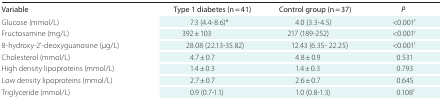
| Variable | Type 1 diabetes (n = 41) | Control group (n = 37) | P |
 | --- | --- | --- | --- |
 | Glucose (mmol/L) | 7.3 (4.4-8.6)* | 4.0 (3.3-4.5) | <0.001† |
 | Fructosamine (mg/L) | 392 ± 103 | 217 (189-252) | <0.001† |
 | 8-hydroxy-2'-deoxyguanosine (μg/L) | 28.08 (22.13-35.82) | 12.43 (6.35- 22.25) | <0.001† |
 | Cholesterol (mmol/L) | 4.7 ± 0.7 | 4.8 ± 0.9 | 0.531 |
 | High density lipoproteins (mmol/L) | 1.4 ± 0.3 | 1.4 ± 0.3 | 0.793 |
 | Low density lipoproteins (mmol/L) | 2.7 ± 0.7 | 2.6 ± 0.7 | 0.645 |
 | Triglyceride (mmol/L) | 0.9 (0.7-1.1) | 1.0 (0.8-1.3) | 0.108† |